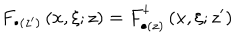
LaTeX: F _ { \bullet ( z ^ { \prime } ) } \left( x , \xi ; z \right) = F _ { \bullet ( z ) } ^ { \dagger } \left( x , \xi ; z ^ { \prime } \right)